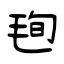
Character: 毥